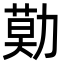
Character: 𠢓